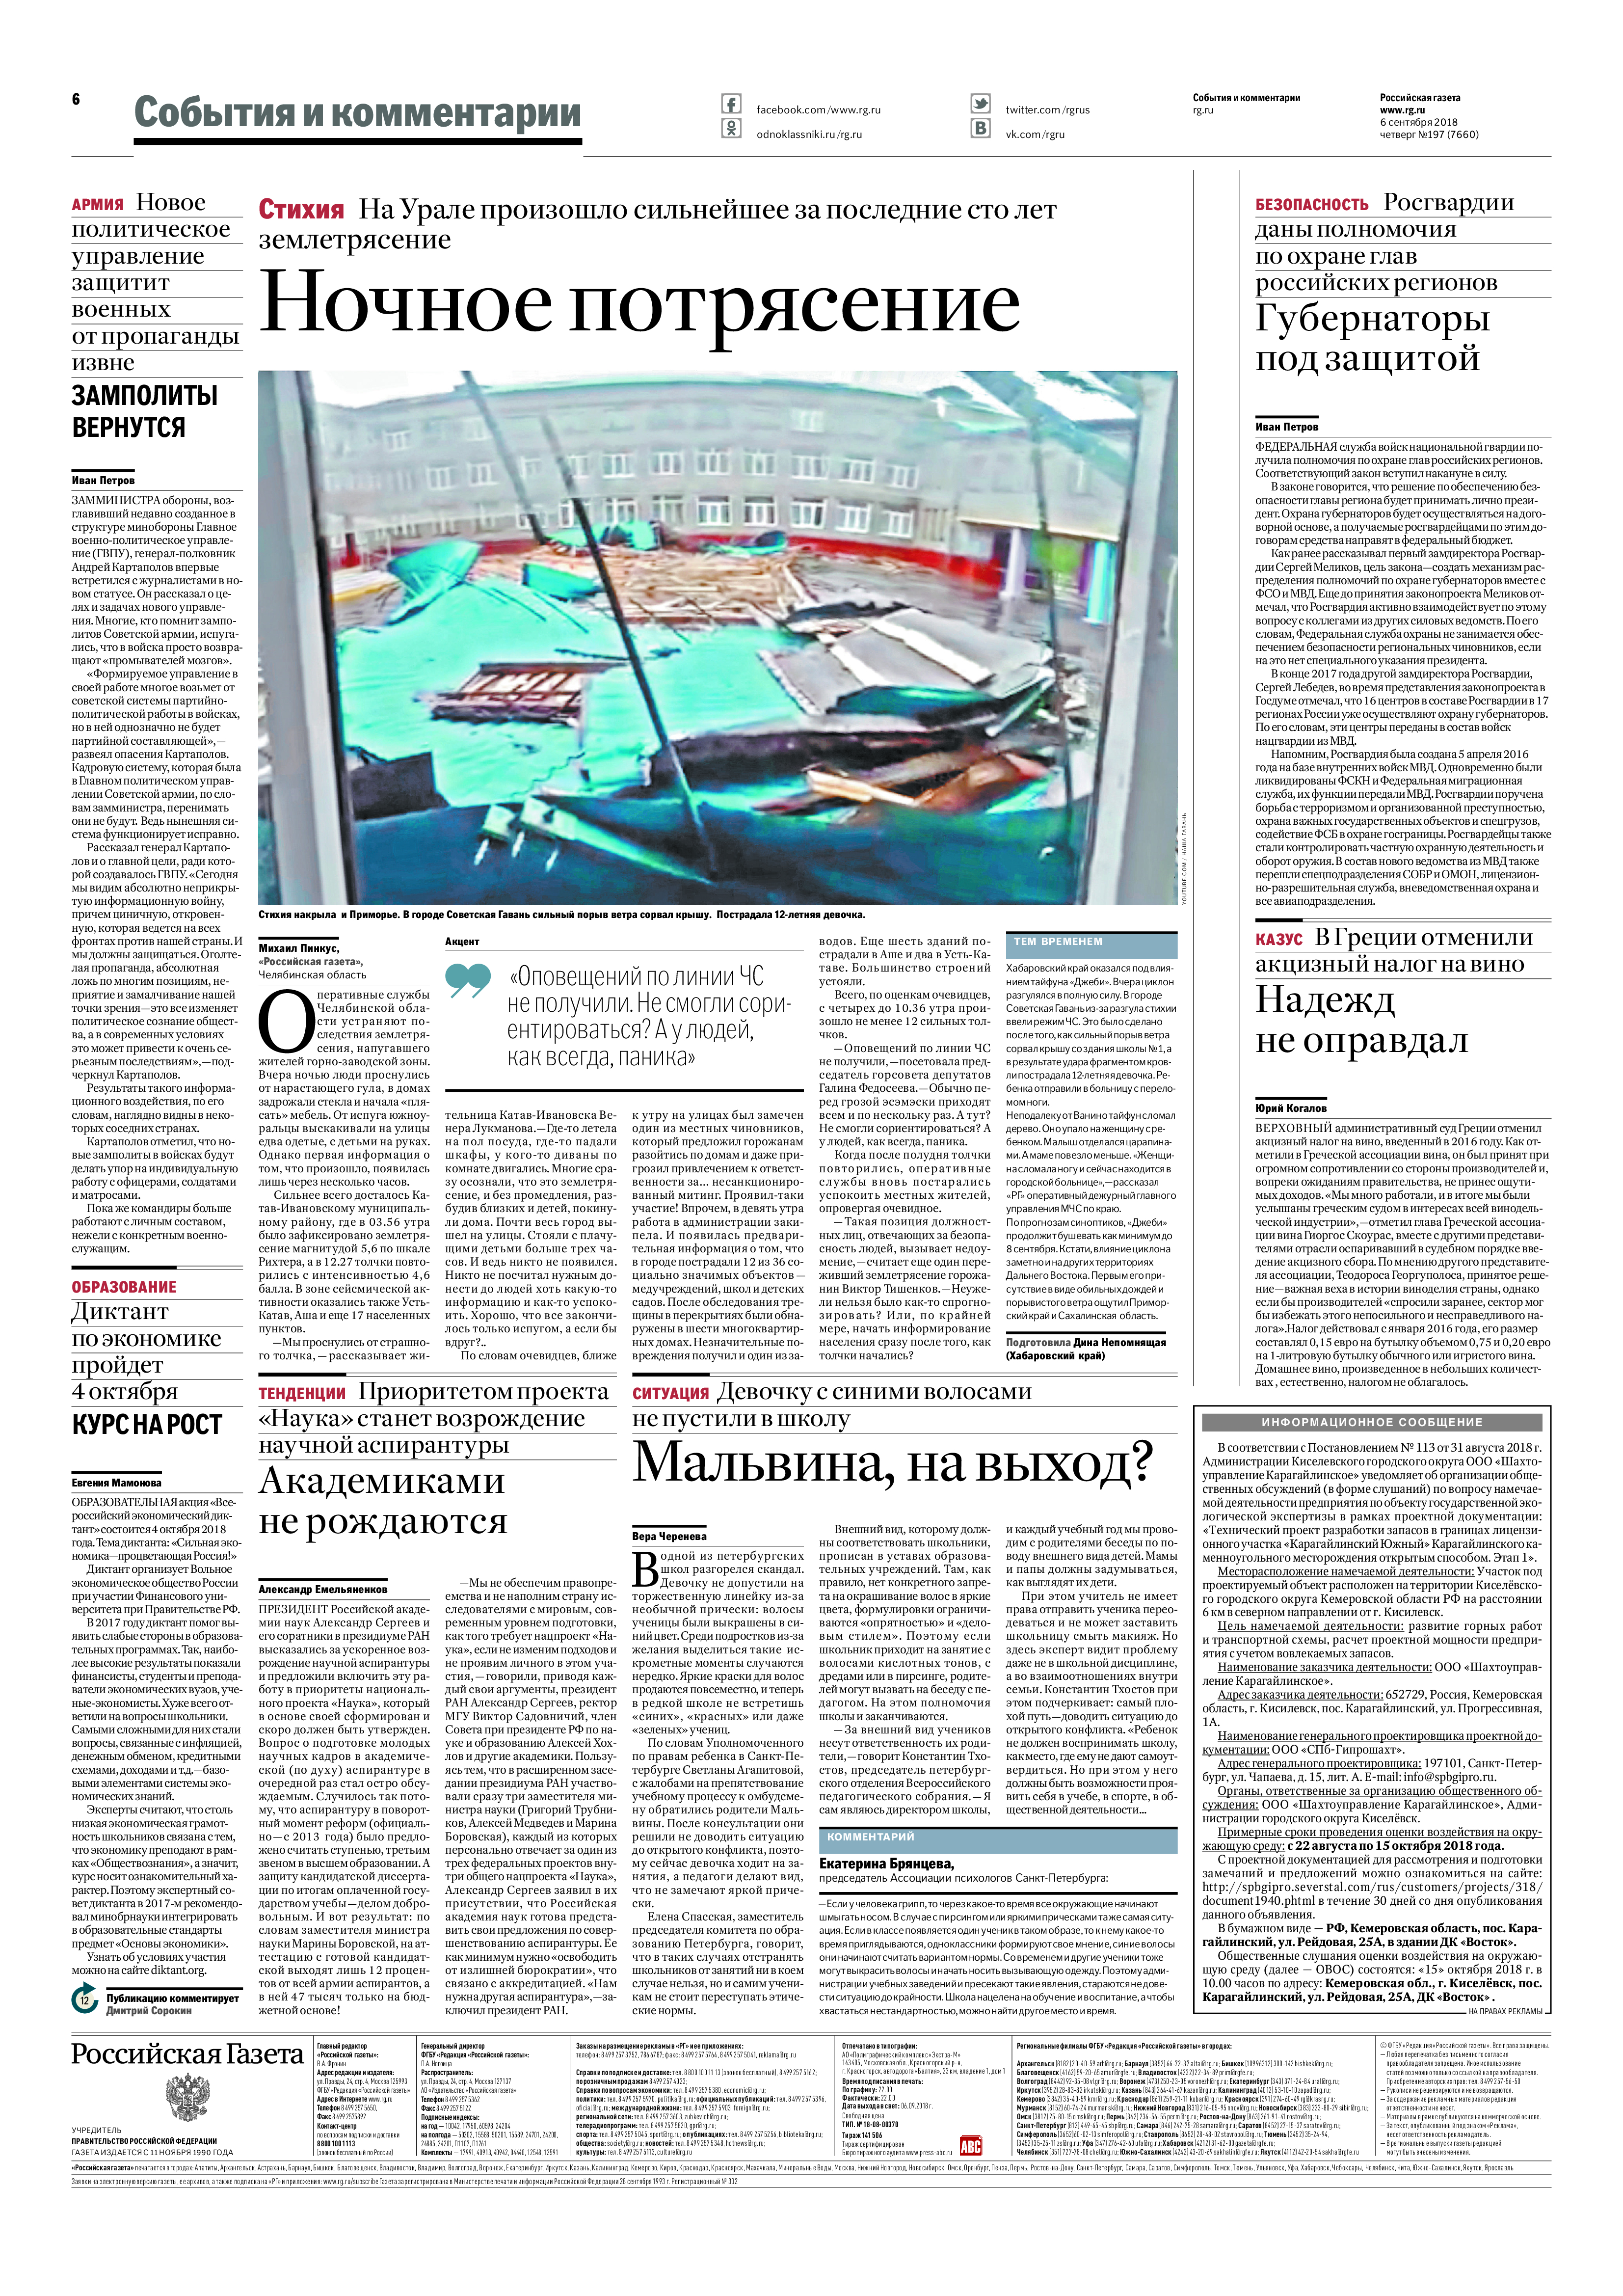
Language: ru